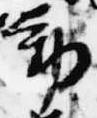
動